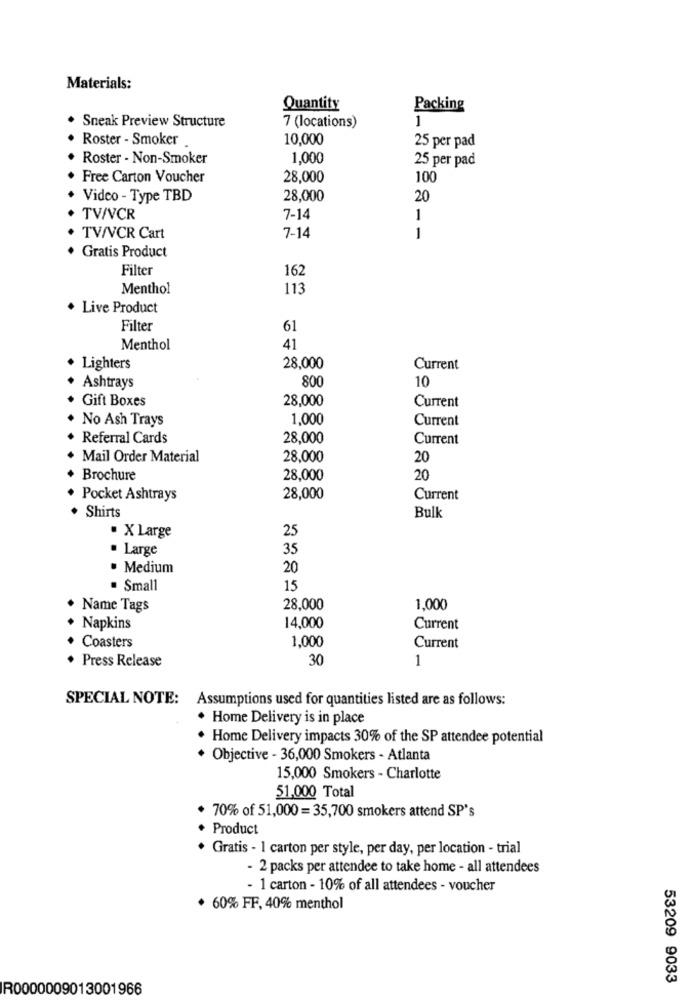
Materials:
Quantity
Packing
Sneak Preview Structure
1
7 (locations)
Roster - Smoker
10,000
25 per pad
Roster - Non-Smoker
1,000
25 per pad
Free Carton Voucher
28,000
100
Video - Type TBD
28,000
20
TV/VCR
7-14
1
TV/VCR Cart
7-14
1
. Gratis Product
Filter
162
Menthol
113
. Live Product
Filter
61
Menthol
41
Lighters
28,000
Current
10
Ashtrays
800
Gift Boxes
28,000
Current
No Ash Trays
1,000
Current
Referral Cards
28,000
Current
Mail Order Material
28,000
20
Brochure
28,000
20
Pocket Ashtrays
28,000
Current
. Shirts
Bulk
25
. X Large
· Large
35
. Medium
20
· Small
15
Name Tags
28,000
1,000
Napkins
14,000
Current
Coasters
1,000
Current
. Press Release
30
1
SPECIAL NOTE: Assumptions used for quantities listed are as follows:
. Home Delivery is in place
. Home Delivery impacts 30% of the SP attendee potential
* Objective - 36,000 Smokers - Atlanta
15,000 Smokers - Charlotte
51,000 Total
* 70% of 51,000 = 35,700 smokers attend SP's
Product
Gratis - 1 carton per style, per day, per location - trial
- 2 packs per attendee to take home - all attendees
- 1 carton - 10% of all attendees - voucher
· 60% FF, 40% menthol
53209 9033
R0000009013001966